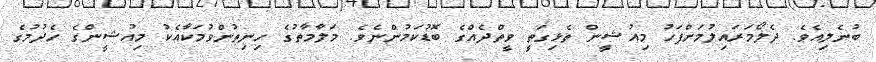
ބުނެލިއެވެ. ދެލޯމަރައިލުމަށްފަހު މިއުޝީން ތެޅިގަތީ ވީތްދެއްގެ ބޮޑުކަމުންނެވެ. މަލާމާތުގެ ހިނިތުންވުމަކާއެކު މިއުޝީންގެ ހެދުމުގެ